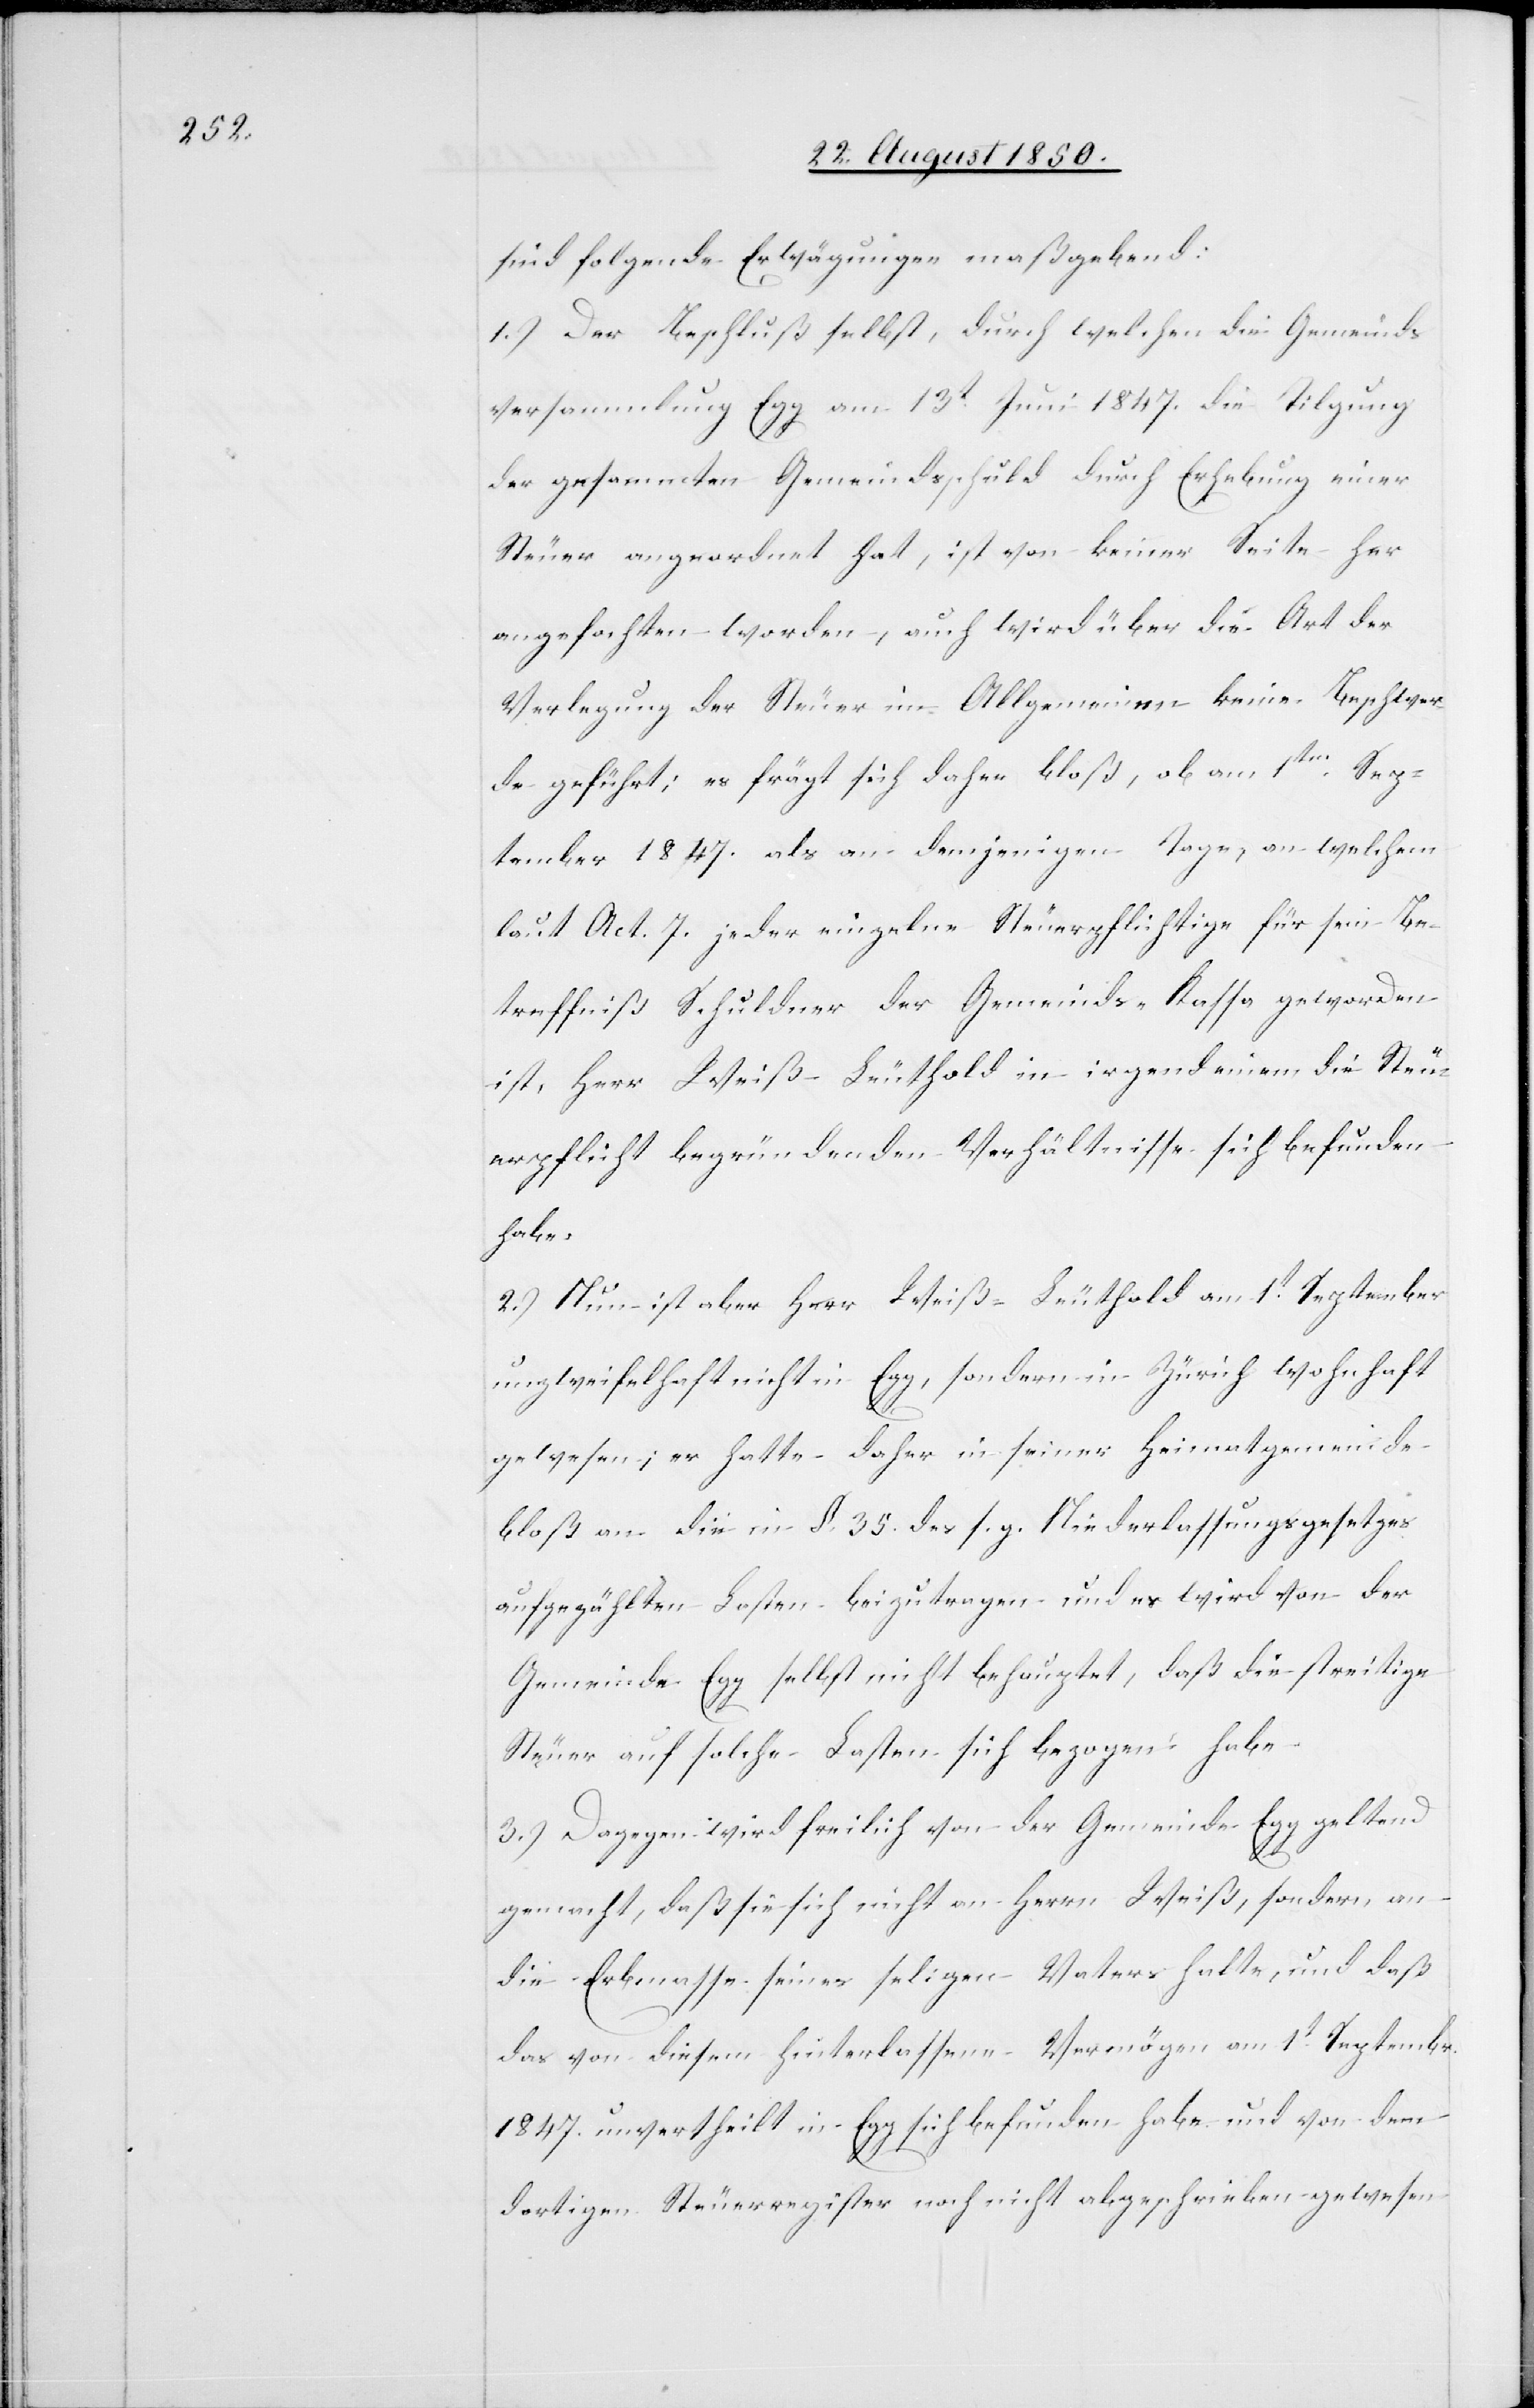
sind folgende Erwägungen maßgebend:
1.) Der Beschluß selbst, durch welchen die Gemeinds¬
versammlung Egg am 13t Juni 1847. die Tilgung
der gesammten Gemeindsschuld durch Erhebung einer
Steuer angeordnet hat, ist von keiner Seite her
angefochten worden, auch wird über die Art der
Verlegung der Steuer im Allgemeinen keine Beschwer¬
de geführt; es frägt sich daher bloß, ob am 1ten Sep¬
tember 1847. als an demjenigen Tage, an welchem
laut Act. 7. jeder einzelne Steuerpflichtige für sein Be¬
treffniß Schuldner der Gemeinds-Kassa geworden
ist, Herr Weiß-Leuthold in irgend einem die Steu¬
erpflicht begründenden Verhältnisse sich befunden
habe.
2.) Nun ist aber Herr Weiß-Leuthold am 1t September
unzweifelhaft nicht in Egg, sondern in Zürich wohnhaft
gewesen; er hatte daher in seiner Heimatgemeinde
bloß an die in §. 35. des s. g. Niederlassungsgesetzes
aufgezählten Lasten beizutragen und es wird von der
Gemeinde Egg selbst nicht behauptet, daß die streitige
Steuer auf solche Lasten sich bezogen habe.
3.) Dagegen wird freilich von der Gemeinde Egg geltend
gemacht, daß sie sich nicht an Herrn Weiß, sondern an
die Erbmasse seines seligen Vaters halte, und daß
das von diesem hinterlassene Vermögen am 1t Septembr.
1847. unvertheilt in Egg sich befunden habe und von dem
dortigen Steuerregister noch nicht abgeschrieben gewesen